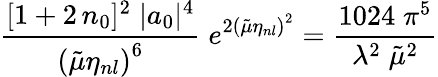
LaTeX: \frac{[1+2\, n_{0}]^{2}\; |a_{0}|^{4}}{\left({\tilde{\mu}}\eta_{nl}\right)^{6}}\; e^{2\left({\tilde{\mu}}\eta_{nl}\right)^{2}}=\frac{1024\; \pi^{5}}{\lambda^{2}\; {\tilde{\mu}}^{2}}